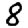
Digit: 8